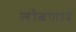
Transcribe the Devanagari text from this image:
लोंबणारे